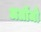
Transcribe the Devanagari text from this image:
अलोंजो